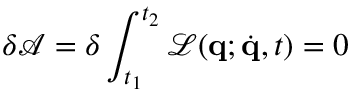
\delta \mathcal { A } = \delta \int _ { t _ { 1 } } ^ { t _ { 2 } } \mathcal { L } ( \mathbf { q } ; \dot { \mathbf { q } } , t ) = 0